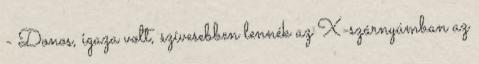
- Donos, igaza volt, szívesebben lennék az X-szárnyúmban az